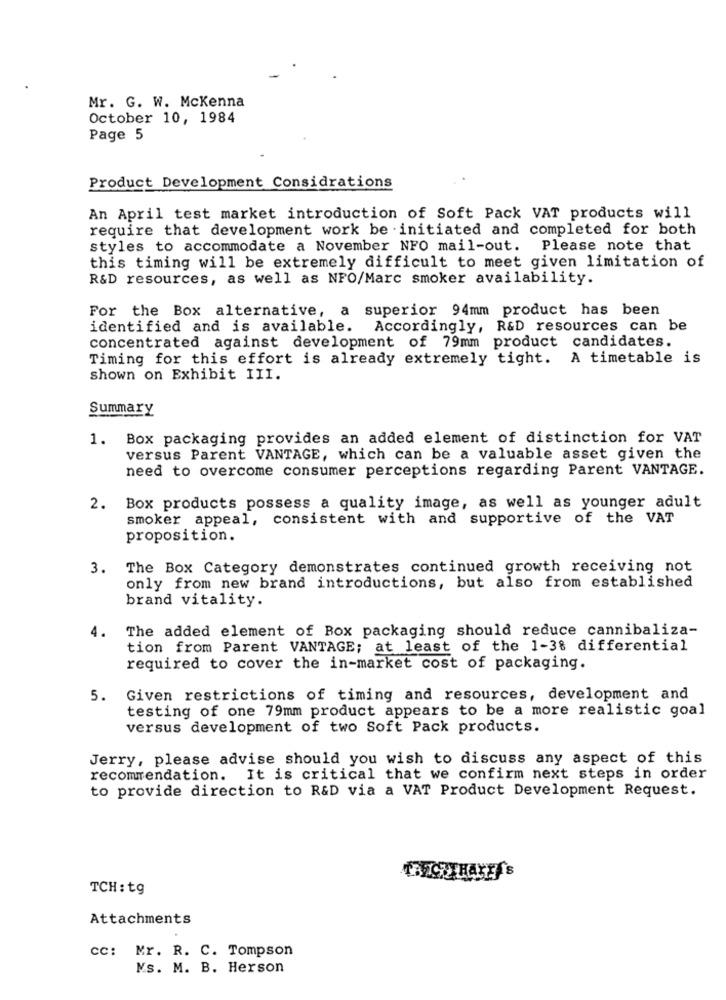
Mr. G. W. Mckenna
October 10, 1984
Page 5
Product Development Considrations
An April test market introduction of Soft Pack VAT products will
require that development work be initiated and completed for both
styles to accommodate a November NFO mail-out. Please note that
this timing will be extremely difficult to meet given limitation of
R&D resources, as well as NFO/Marc smoker availability.
For the Box alternative, a superior 94mm product has been
identified and is available. Accordingly, R&D resources can be
concentrated against development of 79mm product candidates.
Timing for this effort is already extremely tight. A timetable is
shown on Exhibit III.
Summary
1. Box packaging provides an added element of distinction for VAT
versus Parent VANTAGE, which can be a valuable asset given the
need to overcome consumer perceptions regarding Parent VANTAGE.
2. Box products possess a quality image, as well as younger adult
smoker appeal, consistent with and supportive of the VAT
proposition.
3. The Box Category demonstrates continued growth receiving not
only from new brand introductions, but also from established
brand vitality.
The added element of Box packaging should reduce cannibaliza-
tion from Parent VANTAGE; at least of the 1-38 differential
required to cover the in-market cost of packaging.
5. Given restrictions of timing and resources, development and
testing of one 79mm product appears to be a more realistic goal
versus development of two Soft Pack products.
Jerry, please advise should you wish to discuss any aspect of this
recommendation. It is critical that we confirm next steps in order
to provide direction to R&D via a VAT Product Development Request.
TCH: tg
Attachments
cc: Mr. R. C. Tompson
Ns. M. B. Herson